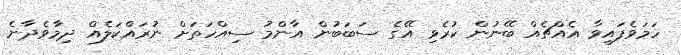
ހަމަވެފައިވާ އެއްޗެއް ބޭނުން ކުރެވި އޭގެ ސަބަބުން އާންމު ސިއްހަތަށް ނުރައްކަލެއް ދިމާވެދާނެ